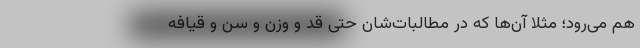
هم می‌رود؛ مثلاً آن‌ها که در مطالبات‌شان حتی قد و وزن و سن و قیافه